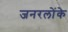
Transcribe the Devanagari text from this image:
जनरलोंके